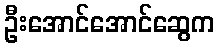
ဦးအောင်အောင်ဆွေက